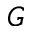
G